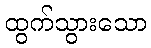
ထွက်သွားသော